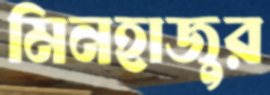
মিনহাজুর